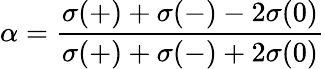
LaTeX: \alpha=\frac{\sigma(+)+\sigma(-)-2\sigma(0)}{\sigma(+)+\sigma(-)+2\sigma(0)}